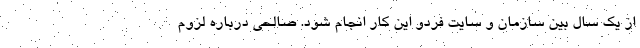
از یک سال بین سازمان و سایت فردو این کار انجام شود. صالحی درباره لزوم